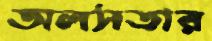
অলসতার